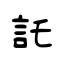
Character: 託